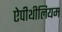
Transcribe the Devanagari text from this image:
ऐपीथीलियम